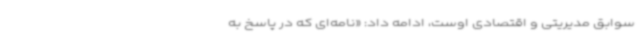
سوابق مدیریتی و اقتصادی اوست، ‌ادامه داد: «نامه‌ای که در پاسخ به